Report on horse surra - Volume II, Part I
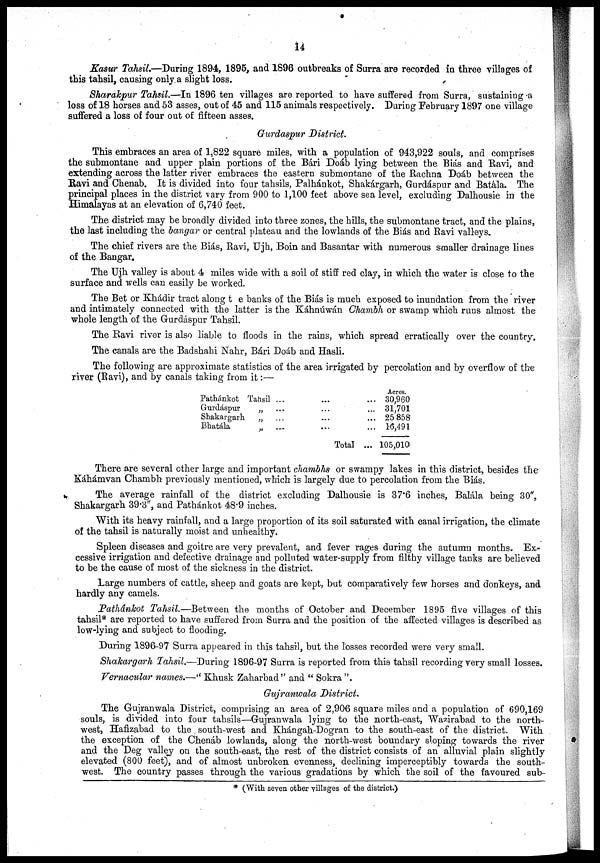
14
Kasur Tahsil.—During 1894, 1895, and 1896 outbreaks of Surra are recorded in three villages of
this tahsil, causing only a slight loss.
Sharakpur Tahsil.—In 1896 ten villages are reported to have suffered from Surra, sustaining a
loss of 18 horses and 53 asses, out of 45 and 115 animals respectively. During February 1897 one village
suffered a loss of four out of fifteen asses.
Gurdaspur District.
This embraces an area of 1,822 square miles, with a population of 943,922 souls, and comprises
the submontane and upper plain portions of the Bári Doáb lying between the Biás and Ravi, and
extending across the latter river embraces the eastern submontane of the Rachna Doáb between the
Ravi and Chenab. It is divided into four tahsils, Palhánkot, Shakárgarh, Gurdáspur and Batála. The
principal places in the district vary from 900 to 1,100 feet above sea level, excluding Dalhousie in the
Himalayas at an elevation of 6,740 feet.
The district may be broadly divided into three zones, the hills, the submontane tract, and the plains,
the last including the bangar or central plateau and the lowlands of the Biás and Ravi valleys.
The chief rivers are the Biás, Ravi, Ujh, Boin and Basantar with numerous smaller drainage lines
of the Bangar.
The Ujh valley is about 4 miles wide with a soil of stiff red clay, in which the water is close to the
surface and wells can easily be worked.
The Bet or Khádir tract along the banks of the Biás is much exposed to inundation from the river
and intimately connected with the latter is the Káhnúwán Chambh or swamp which runs almost the
whole length of the Gurdáspur Tahsil.
The Ravi river is also liable to floods in the rains, which spread erratically over the country.
The canals are the Badshahi Nahr, Bári Doáb and Hasli.
The following are approximate statistics of the area irrigated by percolation and by overflow of the
river (Ravi), and by canals taking from it :—
Pathánkot Tahsil ...
Gurdáspur
„ ...
Shakargarh
„ ...
Bhatála „ ...
...
...
...
...
Total
Acres.
.... 30,960
... 31,701
... 25 858
... 16,491
... 105,010
There are several other large and important chambhs or swampy lakes in this district, besides the
Káhámvan Chambh previously mentioned, which is largely due to percolation from the Biás.
The average rainfall of the district excluding Dalhousie is 37.6 inches, Balála being 30",
Shakargarh 39.3", and Pathánkot 48.9 inches.
With its heavy rainfall, and a large proportion of its soil saturated with canal irrigation, the climate
of the tahsil is naturally moist and unhealthy.
Spleen diseases and goitre are very prevalent, and fever rages during the autumn months. Ex-
cessive irrigation and defective drainage and polluted water-supply from filthy village tanks are believed
to be the cause of most of the sickness in the district.
Large numbers of cattle, sheep and goats are kept, but comparatively few horses and donkeys, and
hardly any camels.
Pathánkot Tahsil.—Between the months of October and December 1895 five villages of this
tahsil* are reported to have suffered from Surra and the position of the affected villages is described as
low-lying and subject to flooding.
During 1896-97 Surra appeared in this tahsil, but the losses recorded were very small.
Shakargarh Tahsil.—During 1896-97 Surra is reported from this tahsil recording very small losses.
Vernacular names.—" Khusk Zaharbad" and " Sokra ".
Gujranwala District.
The Gujranwala District, comprising an area of 2,906 square miles and a population of 690,169
souls, is divided into four tahsils—Gujranwala lying to the north-east, Wazirabad to the north-
west, Hafizabad to the south-west and Khángah-Dogran to the south-east of the district. With
the exception of the Chenáb lowlands, along the north-west boundary sloping towards the river
and the Deg valley on the south-east, the rest of the district consists of an alluvial plain slightly
elevated (800 feet), and of almost unbroken evenness, declining imperceptibly towards the south-
west. The country passes through the various gradations by which the soil of the favoured sub-
* (With seven other villages of the district.)